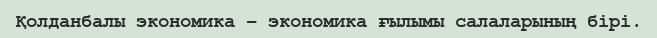
Қолданбалы экономика – экономика ғылымы салаларының бірі.